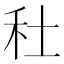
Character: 𥝟